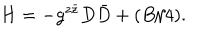
LaTeX: H = - g ^ { z \bar { z } } D \bar { D } + ( B / 4 ) .